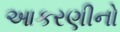
આકરણીનો